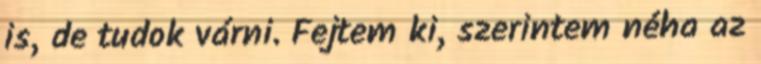
is, de tudok várni. Fejtem ki, szerintem néha az